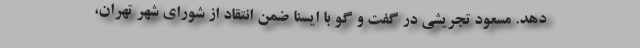
دهد. مسعود تجریشی در گفت و گو با ایسنا ضمن انتقاد از شورای شهر تهران،